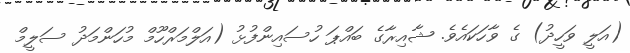
(އަލީ ވަހީދު) ގެ ވާހަކައެވެ. ޝާއިރާގެ ބައްޕަ ހުސައިންފުޅު (އަލްމަރްހޫމް މުހަންމަދު ސަލީމް